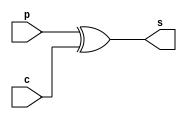
module sum_unit_8bits (p, c, s);
input [7:0] p, c;
output [7:0] s;
assign s = p ^ c;
endmodule